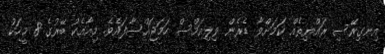
އިނގިރޭސި ރައްޔިތެއް ކަމަށްވާ ޑެރެން ވިލިއަމްސް ހަމަޖައްސާފައެވެ. މިއާއެކު ބޭރުގެ 8 މީހަކު